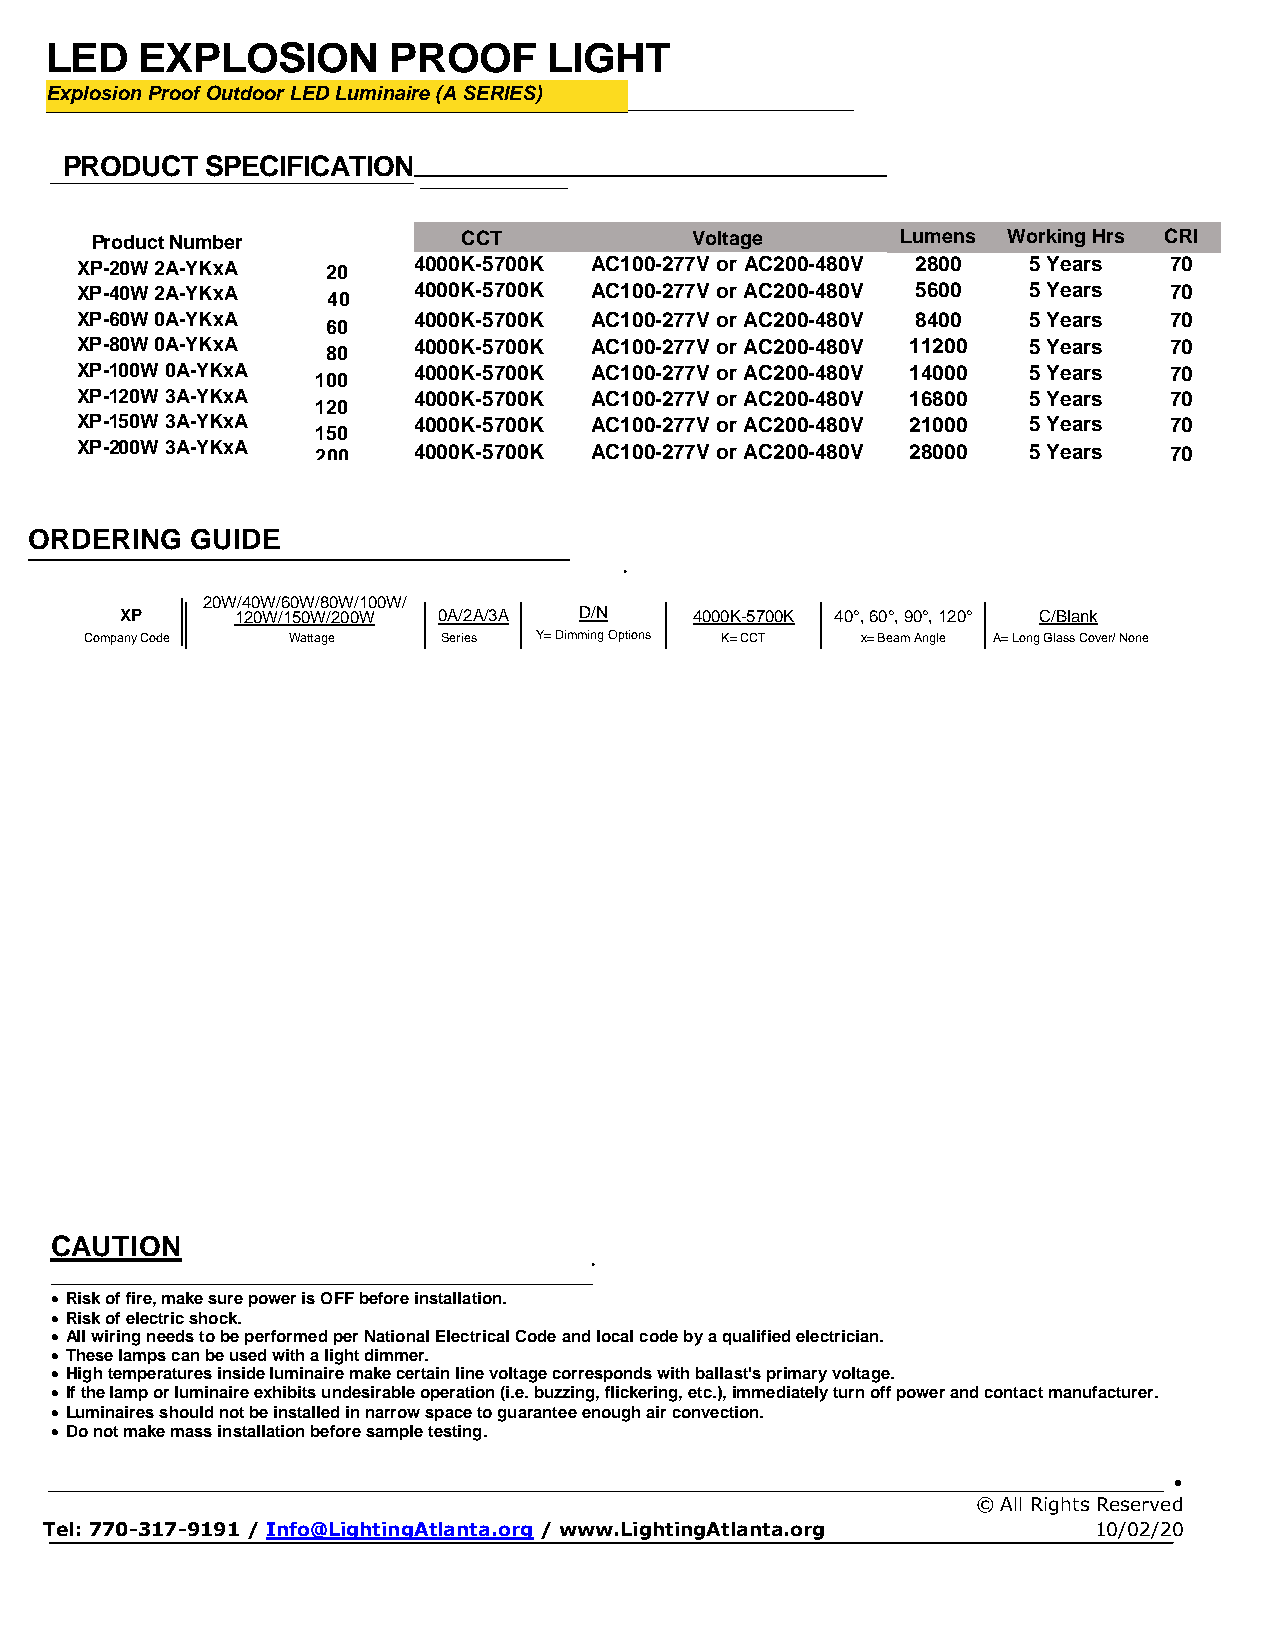
LED   EXPLOSION        PROOF     LIGHT
 Explosion Proof Outdoor LED Luminaire (A SERIES)
 PRODUCT   SPECIFICATION
 ______________________ _ __ •
 Product Number           CCT            Voltage       Lumens Working Hrs CRI
 XP-20W 2A-YKxA   20   4000K-5700K AC100-277V or AC200-480V 2800 5 Years 70
 XP-40W 2A-YKxA   40   4000K-5700K AC100-277V or AC200-480V 5600 5 Years 70
 XP-60W 0A-YKxA        4000K-5700K AC100-277V or AC200-480V 8400 5 Years 70
 60
 XP-80W 0A-YKxA        4000K-5700K AC100-277V or AC200-480V 11200 5 Years 70
 80
 XP-100W 0A-YKxA       4000K-5700K AC100-277V or AC200-480V 14000 5 Years 70
 100
 XP-120W 3A-YKxA       4000K-5700K AC100-277V or AC200-480V 16800 5 Years 70
 120
 XP-150W 3A-YKxA       4000K-5700K AC100-277V or AC200-480V 21000 5 Years 70
 150
 XP-200W 3A-YKxA 200   4 000K-5700K AC100-277V or AC200-480V 28000 5 Years 70
 Wattage
 ORDERING   GUIDE
 •
 XP
 20W 1/4 20 0W W/ /6 10 5W 0W/8 /0 2W 00/1 W0 0 W/
 0A/2A/3A D/N     4000K-5700K 40°, 60°, 90°, 120° C/Blank
 Company Code Wattage   Series Y= Dimming Options K= CCT x= Beam Angle A= Long Glass Cover/ None
 CAUTION
 •
  Risk of fire, make sure power is OFF before installation.
  Risk of electric shock.
  All wiring needs to be performed per National Electrical Code and local code by a qualified electrician.
  These lamps can be used with a light dimmer.
  High temperatures inside luminaire make certain line voltage corresponds with ballast's primary voltage.
  If the lamp or luminaire exhibits undesirable operation (i.e. buzzing, flickering, etc.), immediately turn off power and contact manufacturer.
  Luminaires should not be installed in narrow space to guarantee enough air convection.
  Do not make mass installation before sample testing.
 _____________________________________________________________________________________________ •
 © All Rights Reserved
 Tel: 770-317-9191 / Info@LightingAtlanta.org / www.LightingAtlanta.org 10/02/20